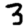
Digit: 3